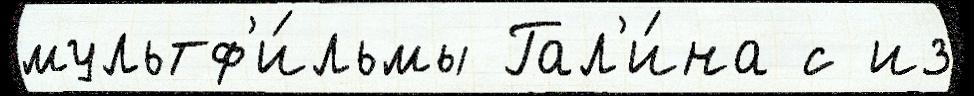
мультф'и́льмы Гал'и́на с из